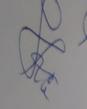
Signature authenticity: genuine